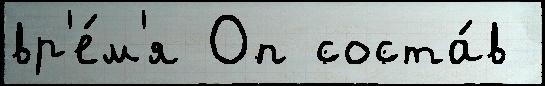
вр'е́м'я Оп соста́в